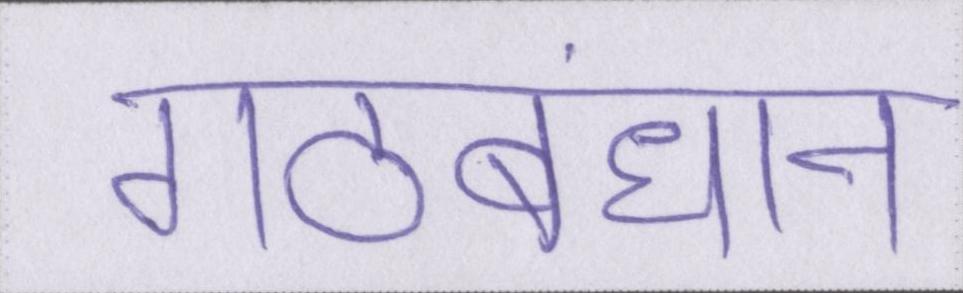
गठबंधान